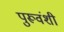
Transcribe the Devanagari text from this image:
पुरूवंशी